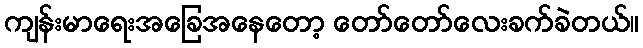
ကျန်းမာရေးအခြေအနေတော့ တော်တော်လေးခက်ခဲတယ်။